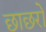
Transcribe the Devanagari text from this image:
छाछरो